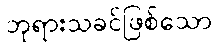
ဘုရားသခင်ဖြစ်သော